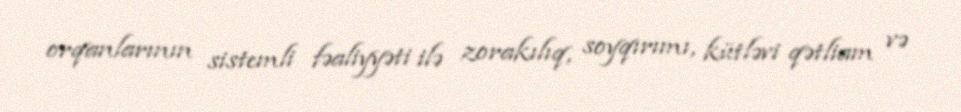
orqanlarının sistemli fəaliyyəti ilə zorakılıq, soyqırımı, kütləvi qətliam və